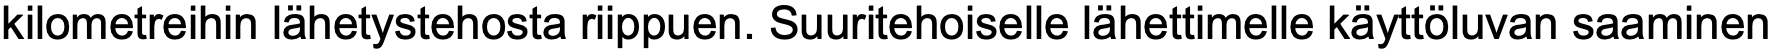
kilometreihin lähetystehosta riippuen. Suuritehoiselle lähettimelle käyttöluvan saaminen